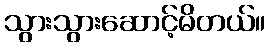
သွားသွားဆောင့်မိတယ်။